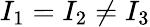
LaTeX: I_{1}=I_{2}\ne I_{3}